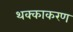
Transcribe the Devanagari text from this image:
थक्काकरण